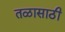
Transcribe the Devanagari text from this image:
तळासाठी